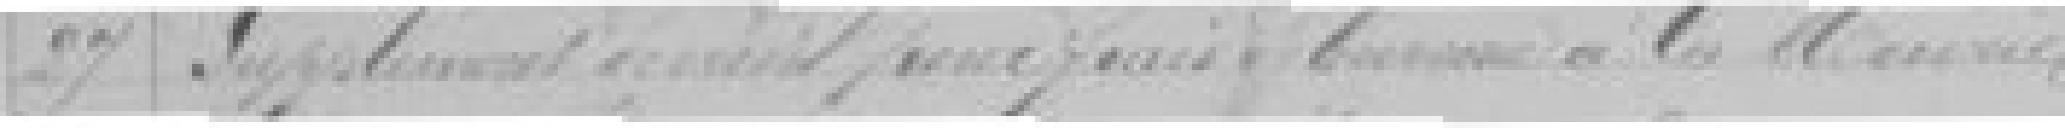
27. Supplément de crédit pour frais de travaux à la Mairie